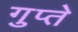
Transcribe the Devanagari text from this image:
गुप्‍ते